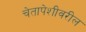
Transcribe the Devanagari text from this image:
चेतापेशीवरील